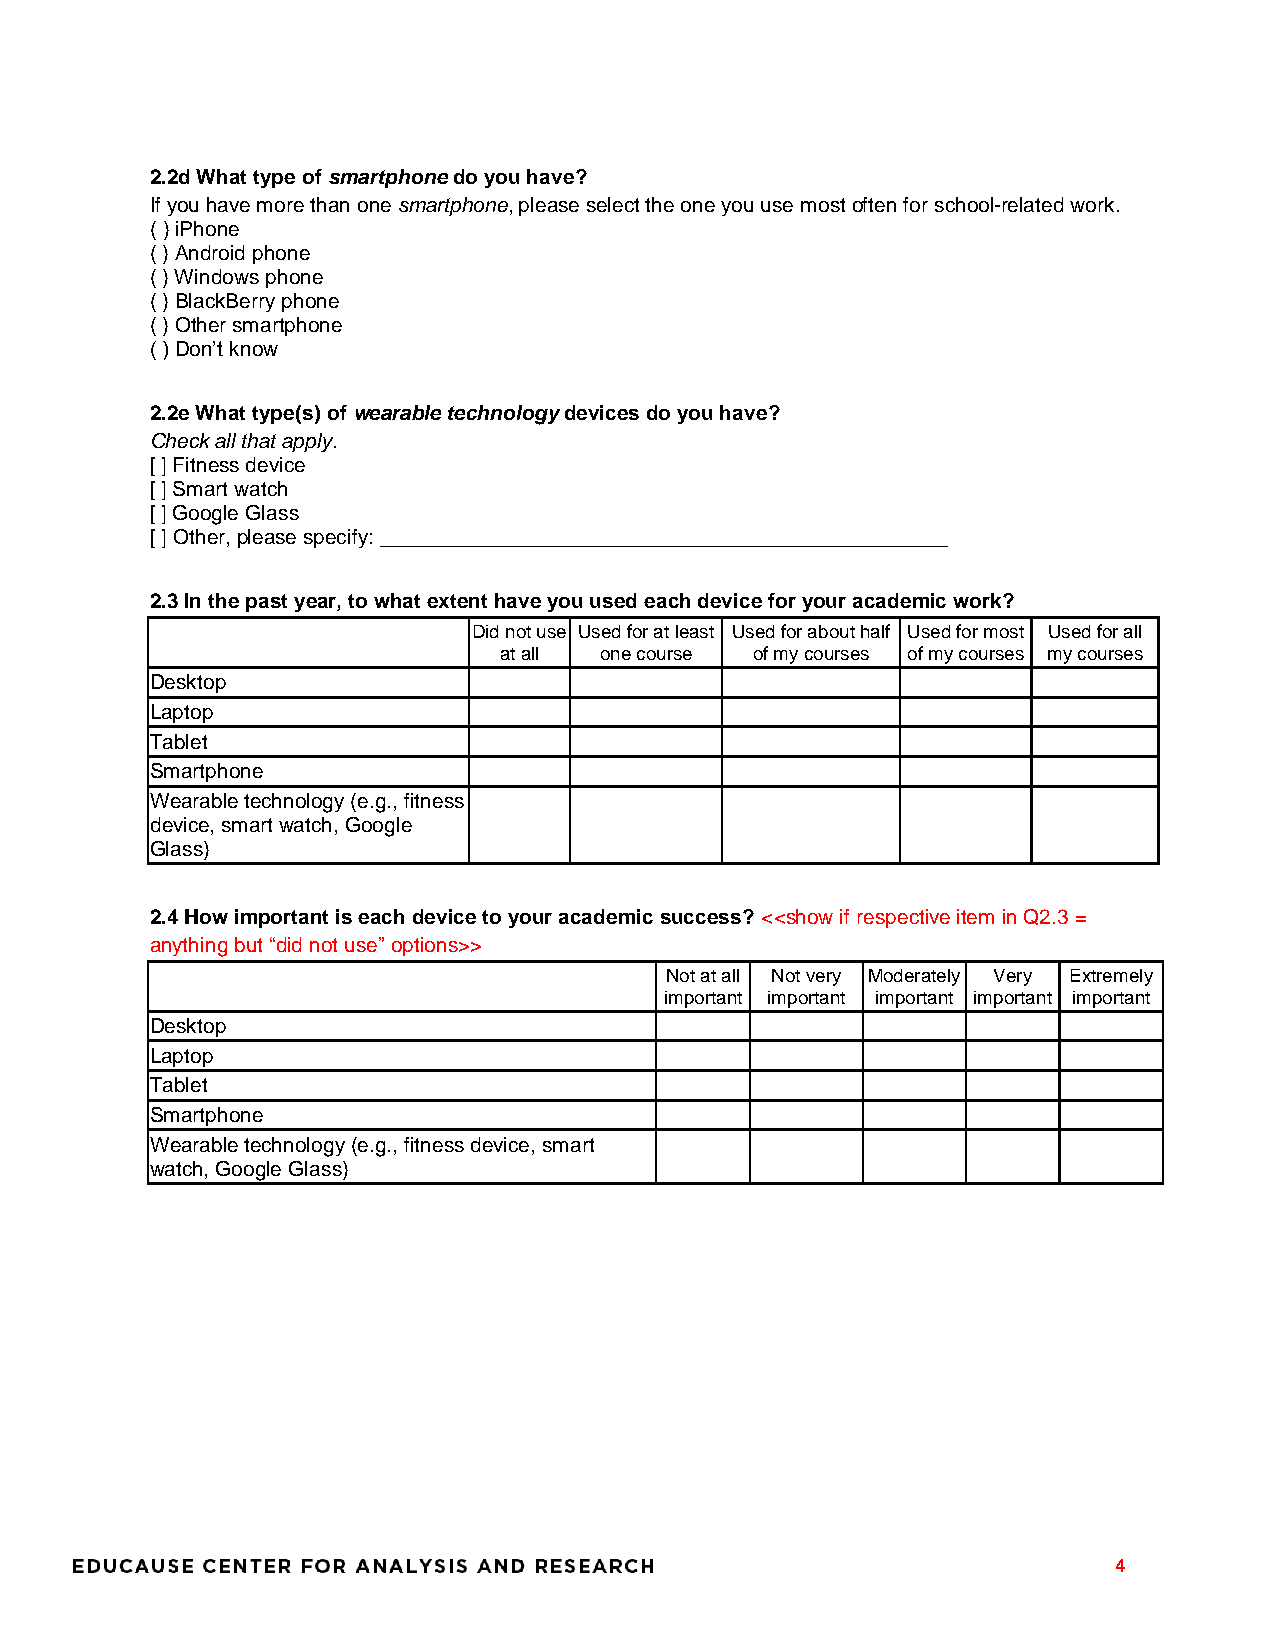
2.2d What type of smartphone do you have?
 If you have more than one smartphone, please select the one you use most often for school-related work.
 ( ) iPhone
 ( ) Android phone
 ( ) Windows phone
 ( ) BlackBerry phone
 ( ) Other smartphone
 ( ) Don’t know
 2.2e What type(s) of wearable technology devices do you have?
 Check all that apply.
 [ ] Fitness device
 [ ] Smart watch
 [ ] Google Glass
 [ ] Other, please specify: _________________________________________________
 2.3 In the past year, to what extent have you used each device for your academic work?
 Did not use Used for at least Used for about half Used for most Used for all
 at all one course of my courses of my courses my courses
 Desktop
 Laptop
 Tablet
 Smartphone
 Wearable technology (e.g., fitness
 device, smart watch, Google
 Glass)
 2.4 How important is each device to your academic success? <<show if respective item in Q2.3 =
 anything but “did not use” options>>
 Not at all Not very Moderately Very Extremely
 important important important important important
 Desktop
 Laptop
 Tablet
 Smartphone
 Wearable technology (e.g., fitness device, smart
 watch, Google Glass)
 4